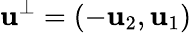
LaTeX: \mathbf{u}^{\perp}=(-\mathbf{u}_{2},\mathbf{u}_{1})